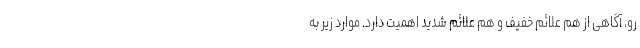
رو، آگاهی از هم علائم خفیف و هم علائم شدید اهمیت دارد. موارد زیر به